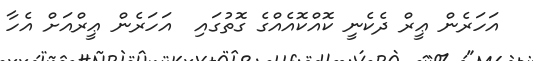
އަހަރެން ޢީރް ދެކެނީ ކޮއްކޮއެއްގެ ގޮތުގައި  އަހަރެން ޢީރްއަށް އެހާ